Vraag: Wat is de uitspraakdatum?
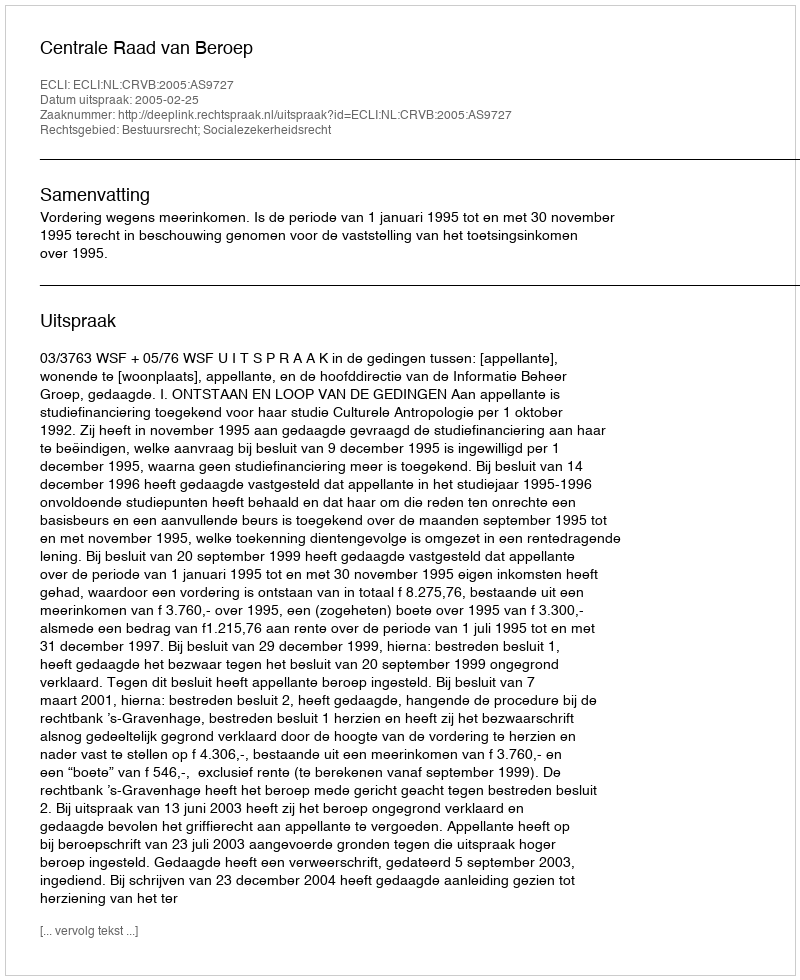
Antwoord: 2005-02-25